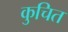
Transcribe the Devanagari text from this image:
कुचित